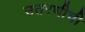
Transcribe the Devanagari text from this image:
उतरणीची